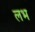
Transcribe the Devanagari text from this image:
लभ